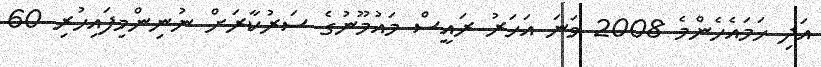
އަދި ހަމައެހެންމެ 2008 ވަނަ އަހަރު ރައީސް މައުމޫނުގެ ސަރުކާރަށް ނުނިންމިފައިހުރި 60